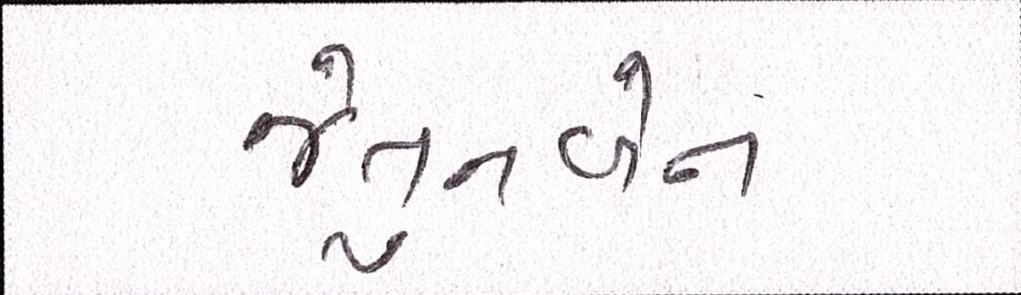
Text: જેતુનબેન